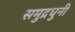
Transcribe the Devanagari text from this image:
समुद्रधुनी